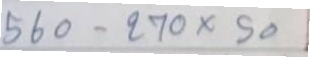
560 - 270 x 50